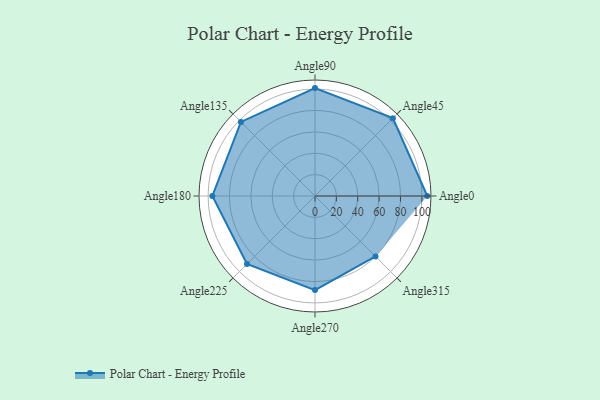
{"axis": {"x": "Angle", "y": "Radius"}, "legend": [""], "data": [{"x": "Angle0", "y": 105.0, "type": ""}, {"x": "Angle45", "y": 103.0, "type": ""}, {"x": "Angle90", "y": 101.0, "type": ""}, {"x": "Angle135", "y": 98.0, "type": ""}, {"x": "Angle180", "y": 96.0, "type": ""}, {"x": "Angle225", "y": 90.0, "type": ""}, {"x": "Angle270", "y": 88.0, "type": ""}, {"x": "Angle315", "y": 80.0, "type": ""}]}